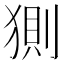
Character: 𰡟